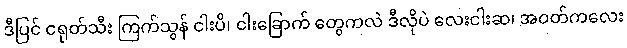
ဒီပြင် ငရုတ်သီး ကြက်သွန် ငါးပိ၊ ငါးခြောက် တွေကလဲ ဒီလိုပဲ လေးငါးဆ၊ အဝတ်ကလေး